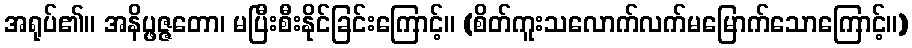
အရုပ်၏။ အနိပ္ဖဇ္ဇတော၊ မပြီးစီးနိုင်ခြင်းကြောင့်။ (စိတ်ကူးသလောက်လက်မမြောက်သောကြောင့်။)